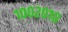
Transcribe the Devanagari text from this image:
१००२०१०